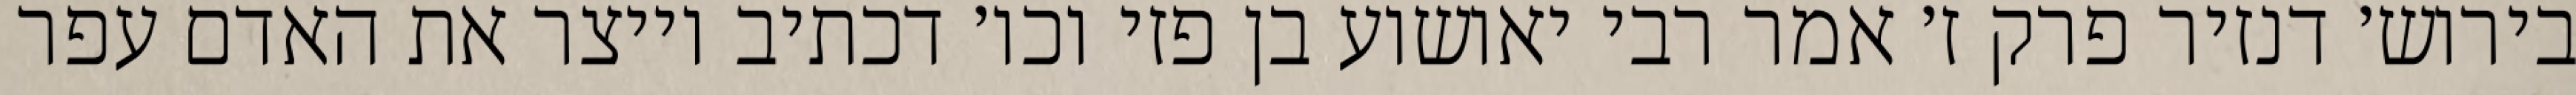
בירוש׳ דנזיר פרק ז׳ אמר רבי יאושוע בן פזי וכו׳ דכתיב וייצר את האדם עפר